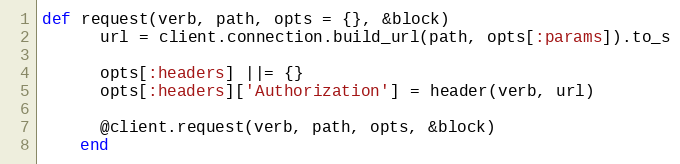
Language: Ruby
def request(verb, path, opts = {}, &block)
      url = client.connection.build_url(path, opts[:params]).to_s

      opts[:headers] ||= {}
      opts[:headers]['Authorization'] = header(verb, url)

      @client.request(verb, path, opts, &block)
    end